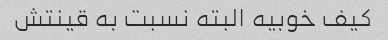
کیف خوبیه البته نسبت به قینتش